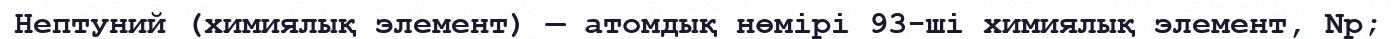
Нептуний (химиялық элемент) — атомдық нөмірі 93-ші химиялық элемент, Np;